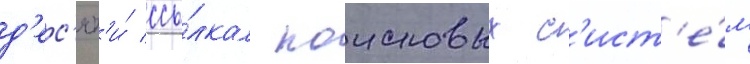
д'ес'ят'и́ ссы́лкам поисковых с'ист'е́м